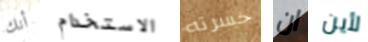
أنك الاستخدام خسرته ان لأين